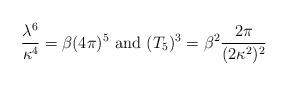
LaTeX: \begin{align*}\frac{\lambda^6}{\kappa^4} = \beta (4\pi)^5 \mbox{ and }(T_5)^3 = \beta^2 \frac{2\pi}{(2\kappa^2)^2}\end{align*}